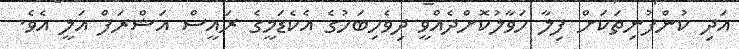
އަދި ކުންފުނިތަކަށް ފިލާ ހަވާލުކޮށްދެއްވީ ދިވެހިބަހުގެ އެކެޑަމީގެ ރައީސް އަޝްރަފް އަލީ އެވެ.